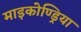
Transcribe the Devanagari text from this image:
माइकोण्ड्रिया